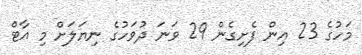
މަހުގެ 23 އިން ފެށިގެން 29 ވަނަ ދުވަހުގެ ނިޔަލަށް މި އާޓް